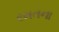
રમતના